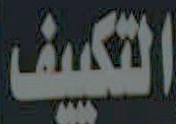
التكييف